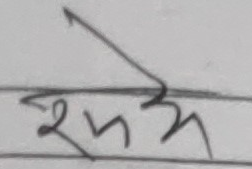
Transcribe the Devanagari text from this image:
शुभ